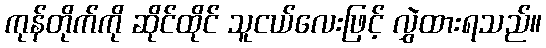
ကုန်တိုက်ကို ဆိုင်ထိုင် သူငယ်လေးဖြင့် လွှဲထားရသည်။